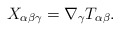
\begin{align*}X_{\alpha \beta \gamma} = \nabla_\gamma T_{\alpha \beta}. \\\end{align*}